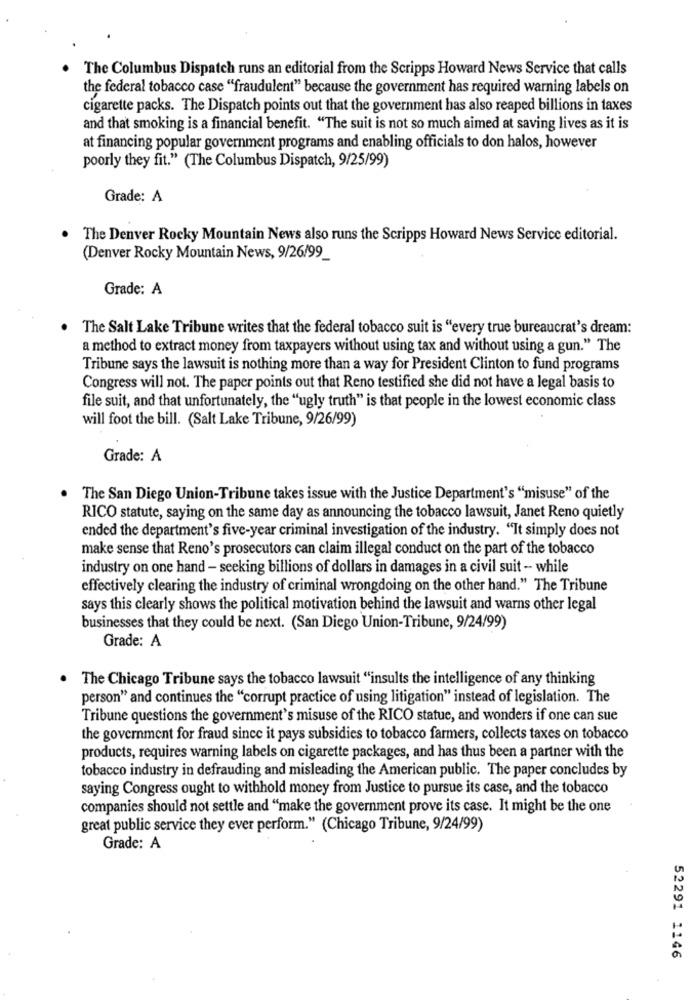
The Columbus Dispatch runs an editorial from the Scripps Howard News Service that calls
the federal tobacco case ""fraudulent" because the government has required warning labels on
cigarette packs. The Dispatch points out that the government has also reaped billions in taxes
and that smoking is a financial benefit. "The suit is not so much aimed at saving lives as it is
at financing popular government programs and enabling officials to don halos, however
poorly they fit." (The Columbus Dispatch, 9/25/99)
Grade: A
. The Denver Rocky Mountain News also runs the Scripps Howard News Service editorial.
(Denver Rocky Mountain News, 9/26/99_
Grade: A
The Salt Lake Tribune writes that the federal tobacco suit is "every true bureaucrat's dream:
a method to extract money from taxpayers without using tax and without using a gun." The
Tribune says the lawsuit is nothing more than a way for President Clinton to fund programs
Congress will not. The paper points out that Reno testified she did not have a legal basis to
file suit, and that unfortunately, the "ugly truth" is that people in the lowest economic class
will foot the bill. (Salt Lake Tribune, 9/26/99)
Grade: A
.
The San Diego Union-Tribune takes issue with the Justice Department's "misuse" of the
RICO statute, saying on the same day as announcing the tobacco lawsuit, Janet Reno quietly
ended the department's five-year criminal investigation of the industry. "It simply does not
make sense that Reno's prosecutors can claim illegal conduct on the part of the tobacco
industry on one hand - seeking billions of dollars in damages in a civil suit - while
effectively clearing the industry of criminal wrongdoing on the other hand." The Tribune
says this clearly shows the political motivation behind the lawsuit and warns other legal
businesses that they could be next. (San Diego Union-Tribune, 9/24/99)
Grade: A
. The Chicago Tribune says the tobacco lawsuit "insults the intelligence of any thinking
person" and continues the "corrupt practice of using litigation" instead of legislation. The
Tribune questions the government's misuse of the RICO statue, and wonders if one can sue
the government for fraud since it pays subsidies to tobacco farmers, collects taxes on tobacco
products, requires warning labels on cigarette packages, and has thus been a partner with the
tobacco industry in defrauding and misleading the American public. The paper concludes by
saying Congress ought to withhold money from Justice to pursue its case, and the tobacco
companies should not settle and "make the government prove its case. It might be the one
great public service they ever perform." (Chicago Tribune, 9/24/99)
Grade: A
52291 1146